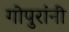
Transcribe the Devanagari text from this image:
गोपुरांनी